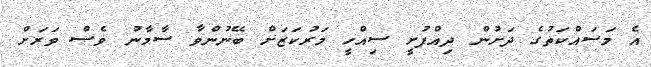
އެ މަސައްކަތުގެ ދަށުން ދިއްފުށީ ސިއްހީ މަރުކަޒަށް ބޭނުންވާ ސާމާނު ވެސް ވަރަށް